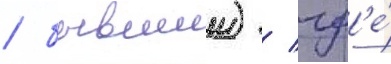
/ бывшии) / гд'е́